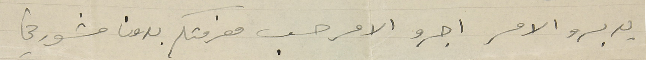
يدبرو الامر اجرو الامر حسب معرفتكم بدون مشورتي